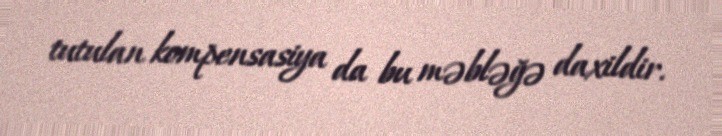
tutulan kompensasiya da bu məbləğə daxildir.